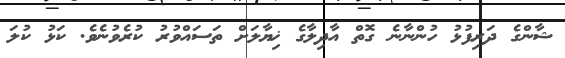
ޝާންގެ ދަރިފުޅު ހުންނާނެ ގޮތް އާދިލާގެ ޚިޔާލަށް ތަސައްވުރު ކުރެވުނެވެ. ކަޅު ކުލަ